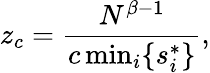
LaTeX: z_{c}=\frac{N^{\beta-1}}{c\, \textrm{min}_{i}\{ s_{i}^{*}\} },